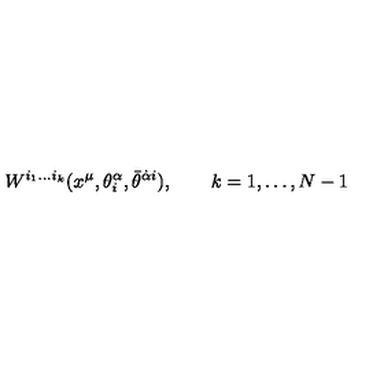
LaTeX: W ^ { i _ { 1 } \ldots i _ { k } } ( x ^ { \mu } , \theta _ { i } ^ { \alpha } , \bar { \theta } ^ { \dot { \alpha } i } ) , \qquad k = 1 , \ldots , N - 1